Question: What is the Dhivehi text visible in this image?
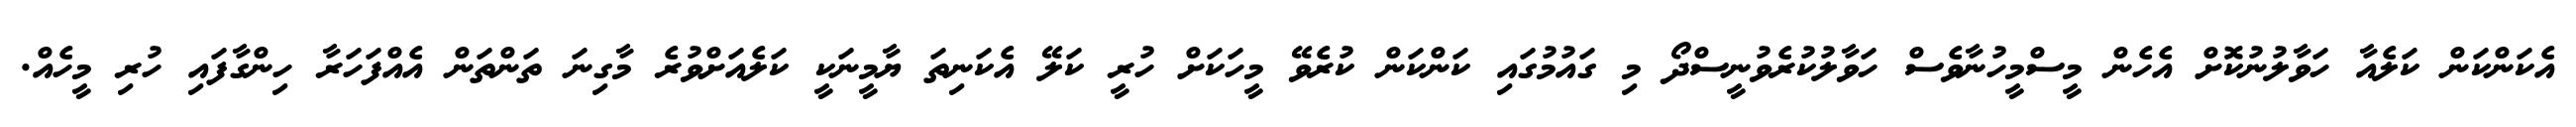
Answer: އެކަންކަން ކަލެއާ ހަވާލުނުކޮށް އެހެން މީސްމީހުނާވެސް ހަވާލުކުރެވުނީސްދޯ މި ގައުމުގައި ކަންކަން ކުރެވޭ މީހަކަށް ހުރީ ކަލޭ އެކަނިތަ ޔާމީނަކީ ކަލެއަށްވުރެ މާގިނަ ތަންތަން އެއްފަހަރާ ހިންގާފައި ހުރި މީހެއް.